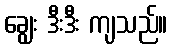
ချွေး ဒီးဒီး ကျသည်။